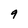
Character: 9